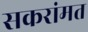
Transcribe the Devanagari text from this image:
सकरांमत